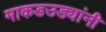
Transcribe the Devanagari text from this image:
माकडउड्यांनी